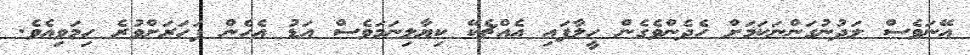
އޭނަވެސް ލަދުނުގަންނަކަމަށް ހެދެންވެގެން ހީލާފައި އެއްޗެކޭ ކިޔާލިނަމަވެސް އަޑު އެހެން ފަހަރަށްވުރެ ހިމަވިއެވެ.